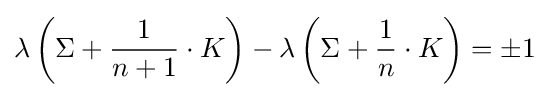
\lambda \left(\Sigma +{\frac {1}{n+1}}\cdot K\right)-\lambda \left(\Sigma +{\frac {1}{n}}\cdot K\right)=\pm 1